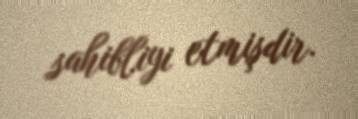
sahibliyi etmişdir.